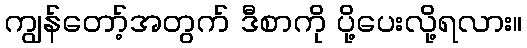
ကျွန်တော့်အတွက် ဒီစာကို ပို့ပေးလို့ရလား။